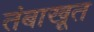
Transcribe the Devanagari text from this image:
तंबाखूत